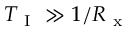
T _ { \mathrm { ~ I ~ } } \gg 1 / R _ { \mathrm { ~ x ~ } }